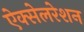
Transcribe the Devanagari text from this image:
ऐक्सेलरेशन